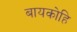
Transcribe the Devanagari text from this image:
बायकोहि